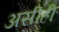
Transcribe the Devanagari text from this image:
असीही